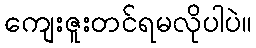
ကျေးဇူးတင်ရမလိုပါပဲ။